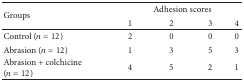
<table><thead><tr><td rowspan="2"><b>Groups</b></td><td colspan="4"><b>Adhesion scores</b></td></tr><tr><td><b>1</b></td><td><b>2</b></td><td><b>3</b></td><td><b>4</b></td></tr></thead><tbody><tr><td>Control (<i>n</i> = 12)</td><td>2</td><td>0</td><td>0</td><td>0</td></tr><tr><td>Abrasion (<i>n</i> = 12)</td><td>1</td><td>3</td><td>5</td><td>3</td></tr><tr><td>Abrasion + colchicine (<i>n</i> = 12) </td><td>4</td><td>5</td><td>2</td><td>1</td></tr></tbody></table>